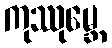
ကုဿုမ္ဘေ